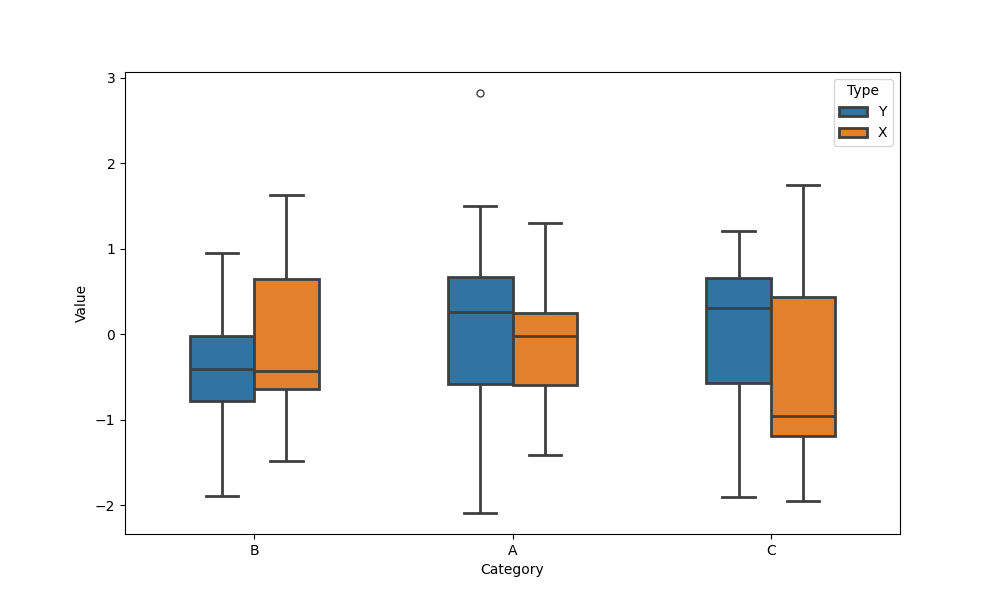
python, seaborn, boxplot, width=0.5, linewidth=2, fliersize=5, notch=False